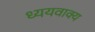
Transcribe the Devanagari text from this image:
ध्ययवाक्य